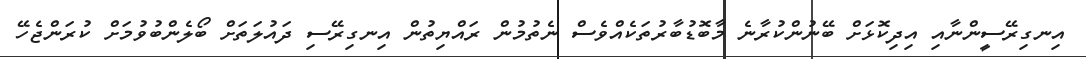
އިނގިރޭސީންނާއި އިދިކޮޅަށް ބޭނުންކުރާނެ މާބޮޑުބާރުތަކެއްވެސް ނެތުމުން ރައްޔިތުން އިނގިރޭސި ދައުލަތަށް ބޯލެންބުވުމަށް ކުރަންޖެހޭ